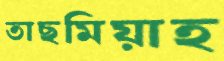
তাছমিয়াহ